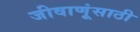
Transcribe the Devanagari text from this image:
जीवाणूंसाठी